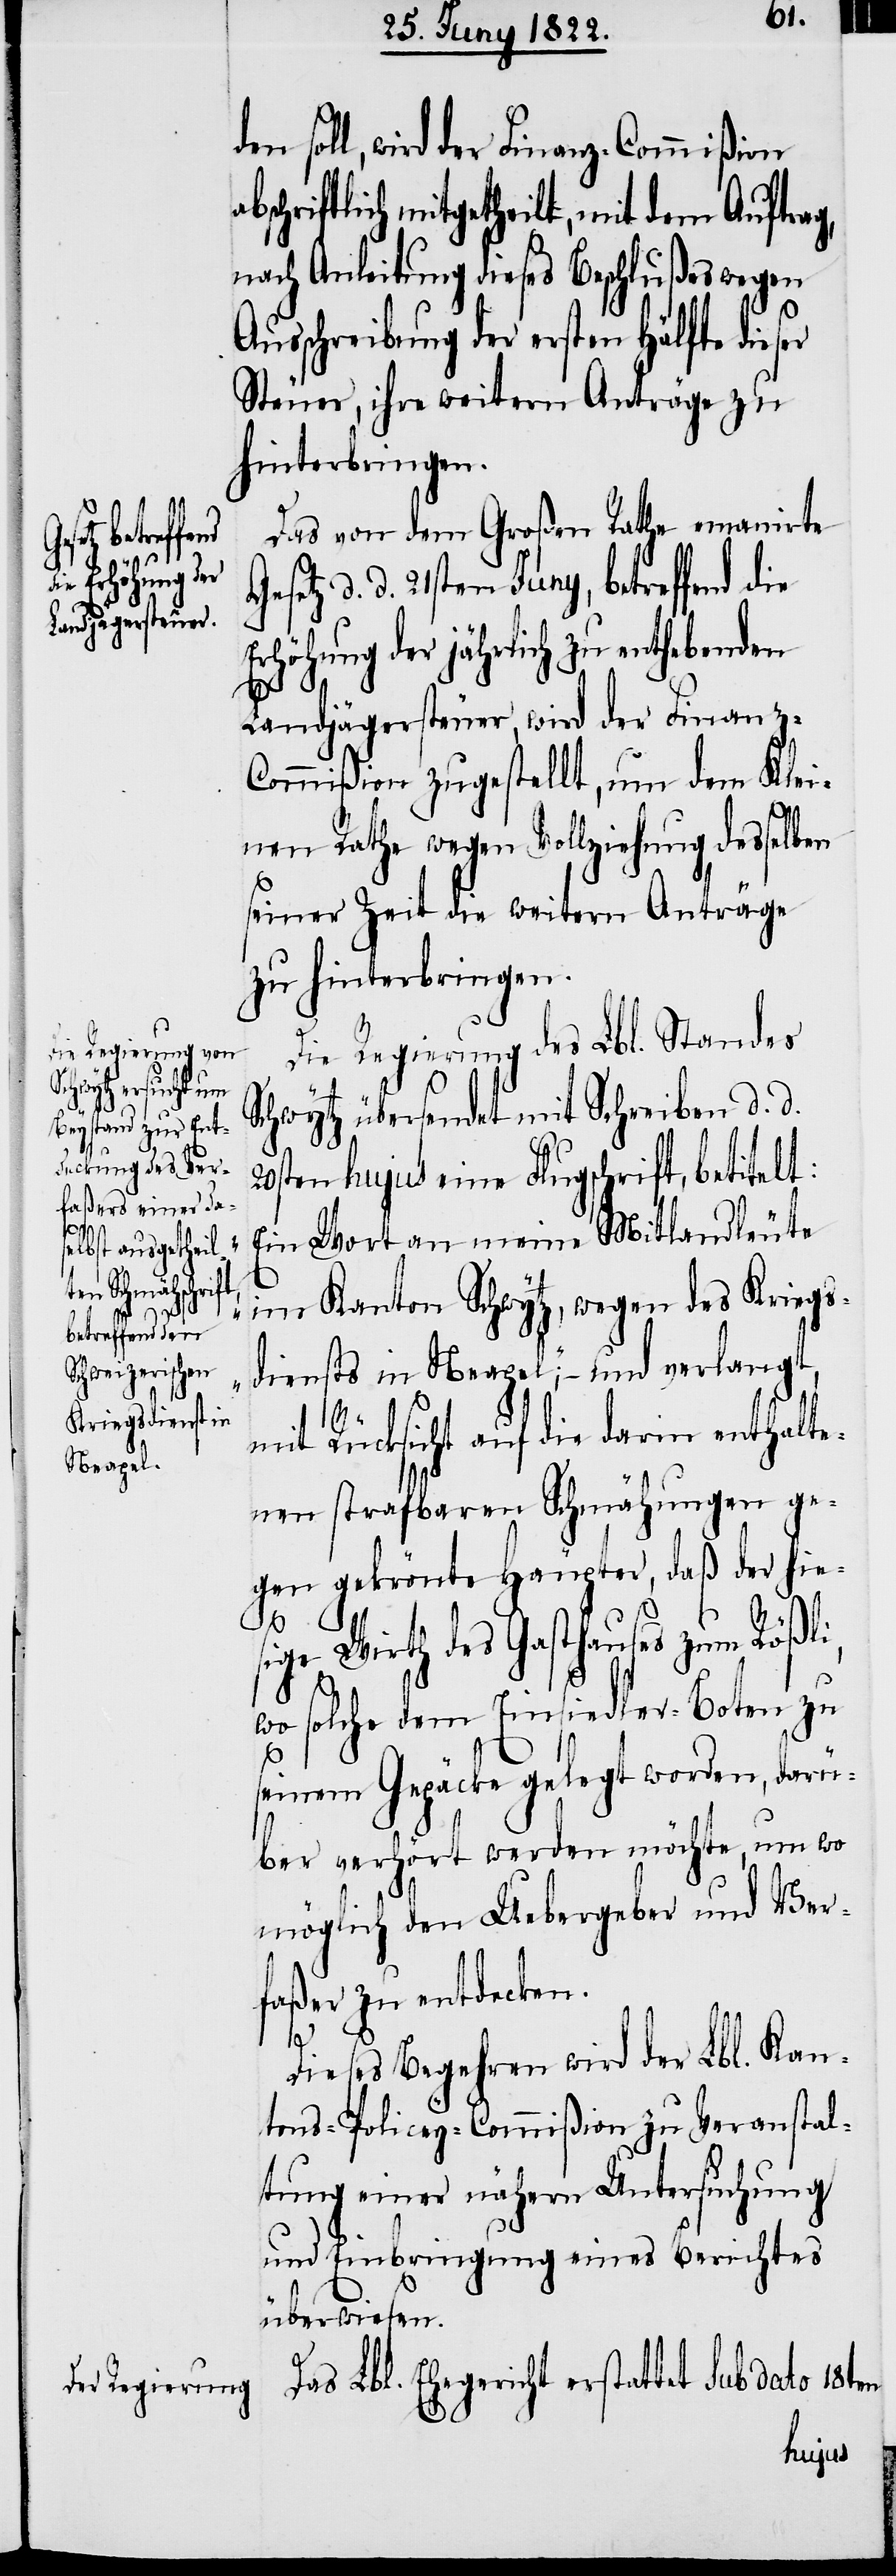
abs¬

den soll, wird der Finanz-Commißion
chriftlich mitgetheilt, mit dem Auftrag,
nach Anleitung dieses Beschlußes wegen
Ausschreibung der ersten Hälfte dieser
Steuer, ihre weitern Anträge zu
hinterbringen.
Das von dem Großen Rathe emanirte
esetz d. d. 21sten Juny, betreffend die
Erhöhung der jährlich zu enthebenden
G¬
Landjägersteuer, wird der Finanz-C¬
ommißion zugestellt, um dem Klei¬
nen Rathe wegen Vollziehung desselben
seiner Zeit die weitern Anträge
zu hinterbringen.
Die Regierung des Lbl. Standes
Schwytz übersendet mit Schreiben d. d.
20sten hujus eine Flugschrift, betitelt:
„Ein Wort an meine Mitlandleute
im Kanton Schwytz, wegen des Kriegs¬
diensts in Neapel“; – und verlangt,
mit Rücksicht auf die darin enthalte¬
nen strafbaren Schmähungen ge¬
gen gekrönte Häupter, daß der hies¬
ige Wirth des Gasthauses zum Rößli,
wo solche dem Einsiedler-Boten zu
seinem Gepäcke gelegt worden, darü¬
ber verhört werden möchte, um wo
möglich den Uebergeber und Ver¬
faßer zu entdecken.
Dieses Begehren wird der Lbl. Kan¬
tons-Policey-Commißion zu Veranstal¬
tung einer nähern Untersuchung
und Einbringung eines Berichtes
überwiesen.
Das Lbl. Ehegericht erstattet Sub dato 18ten